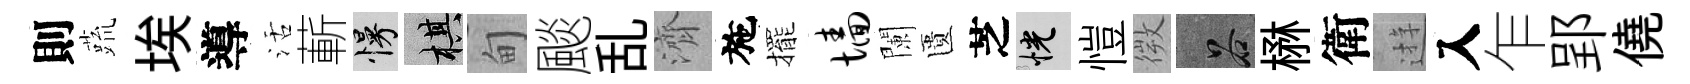
則蔬埃導活蔪慢棋甸颷乱濟施擺墙闌匱芝恍愷微谷楙衛逰入乍郢僥